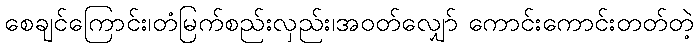
စေချင်ကြောင်း၊တံမြက်စည်းလှည်း၊အဝတ်လျှော် ကောင်းကောင်းတတ်တဲ့